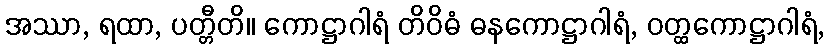
အဿာ, ရထာ, ပတ္တီတိ။ ကောဋ္ဌာဂါရံ တိဝိဓံ ဓနကောဋ္ဌာဂါရံ, ဝတ္ထကောဋ္ဌာဂါရံ,